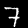
Label: 7